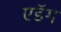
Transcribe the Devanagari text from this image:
एडॅम